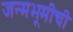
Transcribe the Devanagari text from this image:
जन्मभूमीची